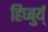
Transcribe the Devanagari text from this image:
हिघ्बुर्य्